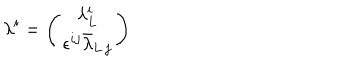
\lambda ^ { i } = \left( \begin{array} { c } { { \lambda _ { L } ^ { i } } } \\ { { \epsilon ^ { i j } \bar { \lambda } _ { L \, j } } } \\ \end{array} \right)